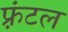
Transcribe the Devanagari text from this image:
फ़्रंटल